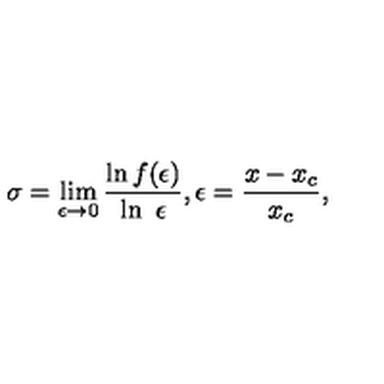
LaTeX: \sigma = \lim _ { \epsilon \rightarrow 0 } \frac { \ln f ( \epsilon ) } { \ln \ \epsilon } , \epsilon = \frac { x - x _ { c } } { x _ { c } } ,